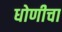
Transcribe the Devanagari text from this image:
धोणीचा